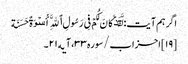
اگر ہم آیت: لَّقَدۡ کَانَ لَکُمۡ فِی رَسُولِ ٱللَّهِ أُسۡوَةٌ حَسَنَة
[۱۹] احزاب/سوره۳۳، آیه۲۱۔